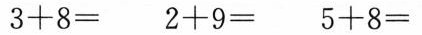
$$3 + 8 =$$ $$2 + 9 =$$ $$5 + 8 =$$